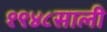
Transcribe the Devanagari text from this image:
१९४८साली